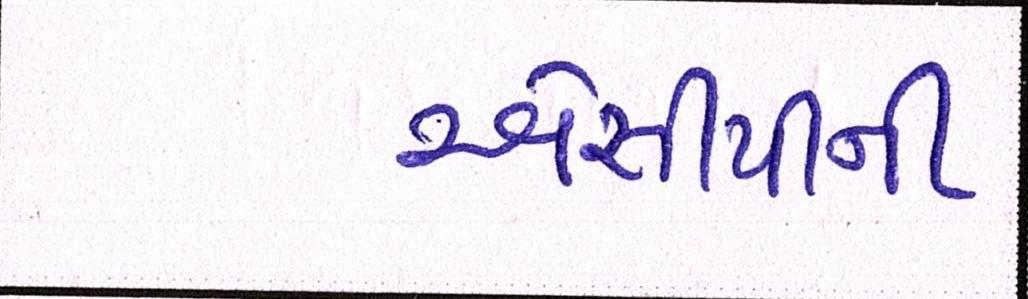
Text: એસીપીની